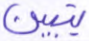
يتبين